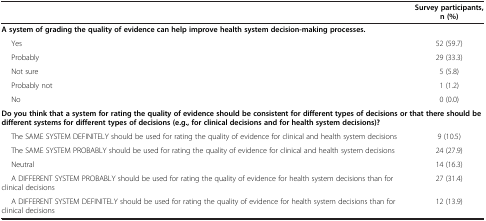
|  | Survey participants, n (%) |
 | --- | --- |
 | <COLSPAN=2> A system of grading the quality of evidence can help improve health system decision-making processes. |
 | Yes | 52 (59.7) |
 | Probably | 29 (33.3) |
 | Not sure | 5 (5.8) |
 | Probably not | 1 (1.2) |
 | No | 0 (0.0) |
 | <COLSPAN=2> Do you think that a system for rating the quality of evidence should be consistent for different types of decisions or that there should be different systems for different types of decisions (e.g., for clinical decisions and for health system decisions)? |
 | The SAME SYSTEM DEFINITELY should be used for rating the quality of evidence for clinical and health system decisions | 9 (10.5) |
 | The SAME SYSTEM PROBABLY should be used for rating the quality of evidence for clinical and health system decisions | 24 (27.9) |
 | Neutral | 14 (16.3) |
 | A DIFFERENT SYSTEM PROBABLY should be used for rating the quality of evidence for health system decisions than for clinical decisions | 27 (31.4) |
 | A DIFFERENT SYSTEM DEFINITELY should be used for rating the quality of evidence for health system decisions than for clinical decisions | 12 (13.9) |